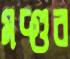
মদ্‌গুর